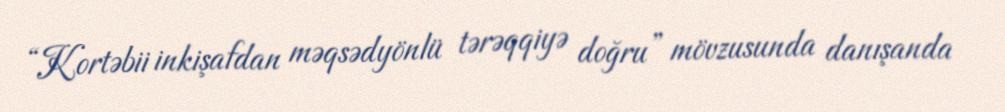
“Kortəbii inkişafdan məqsədyönlü tərəqqiyə doğru” mövzusunda danışanda